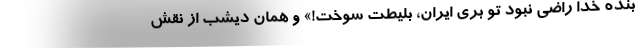
بنده خدا راضی نبود تو بری ایران، بلیطت سوخت!» و همان دیشب از نقش